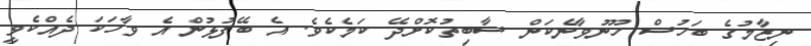
ނިޒާމުގެ ބަހުސް ހޫނުވާނެކަން ސާބިތުކޮށްދޭ ކަމެެކެވެ. އެ ބޭފުޅުން އެ ވާހަކަ ދެއްކެވީ